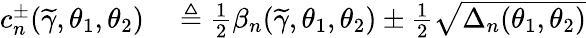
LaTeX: \begin{array}{rl}{c_{n}^{\pm}(\widetilde{\gamma},\theta_{1},\theta_{2})}&{{}\triangleq\frac{1}{2}\beta_{n}(\widetilde{\gamma},\theta_{1},\theta_{2})\pm\frac{1}{2}\sqrt{\Delta_{n}(\theta_{1},\theta_{2})}}\end{array}